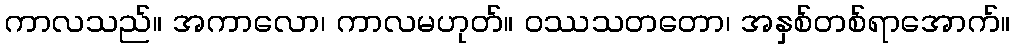
ကာလသည်။ အကာလော၊ ကာလမဟုတ်။ ဝဿသတတော၊ အနှစ်တစ်ရာအောက်။